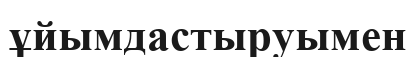
ұйымдастыруымен